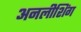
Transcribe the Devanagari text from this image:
अनलीशिंग